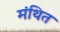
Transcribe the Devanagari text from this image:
मंथित